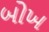
બોખ